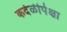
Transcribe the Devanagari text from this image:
कर्दळीपेक्षा